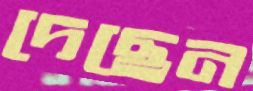
দেছেন